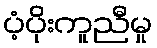
ပံ့ပိုးကူညီမှု